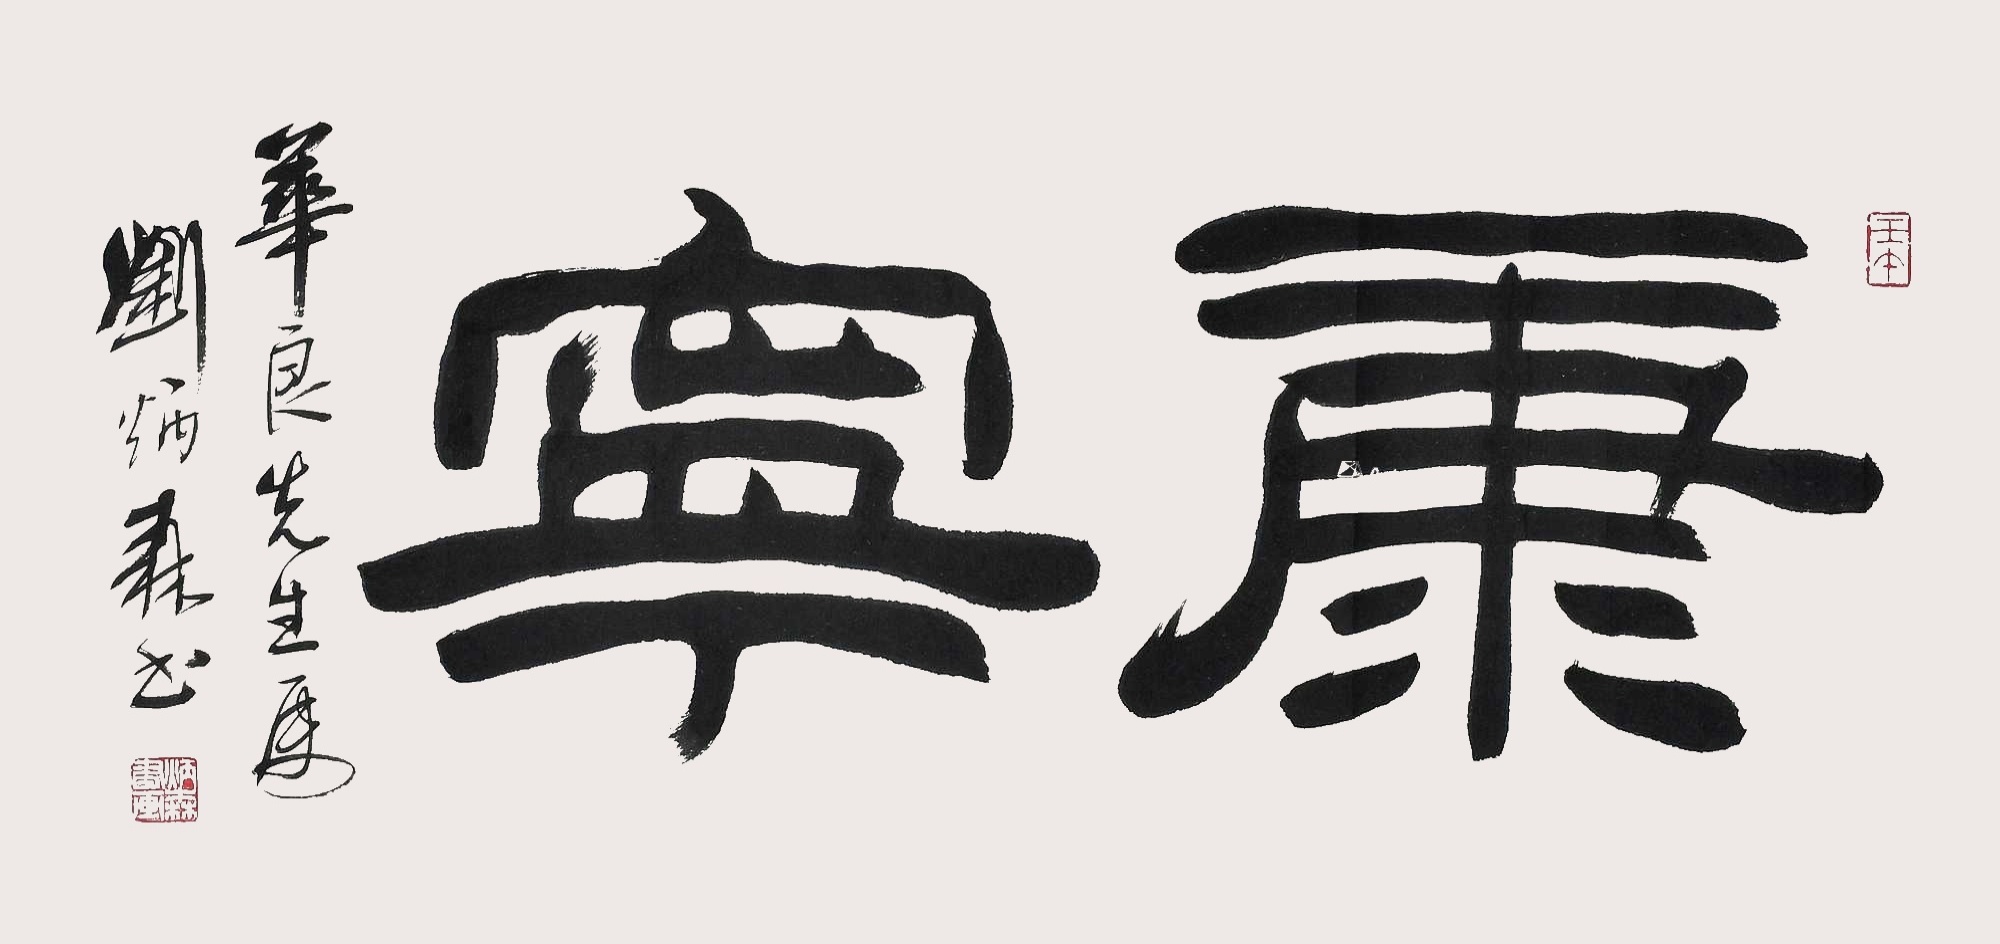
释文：康宁华良先生属刘炳森书。